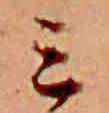
ミ